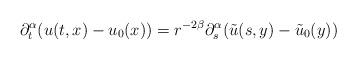
LaTeX: \begin{align*}\partial_{t}^{\alpha}(u(t,x)-u_{0}(x)) = r^{-2\beta}\partial_{s}^{\alpha}(\tilde{u}(s,y)-\tilde{u}_{0}(y))\end{align*}